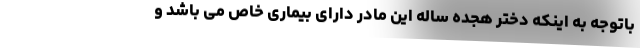
باتوجه به اینکه دختر هجده ساله این مادر دارای بیماری خاص می باشد و